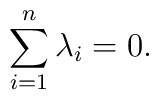
\sum^{n}_{i=1} \lambda_{i} = 0.